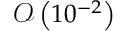
\mathcal { O } \left( 1 0 ^ { - 2 } \right)